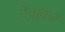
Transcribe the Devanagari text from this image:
चेवाकर